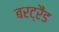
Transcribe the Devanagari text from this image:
बरट्रैंड